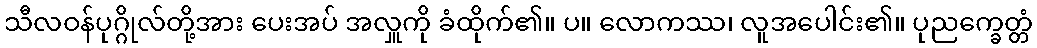
သီလဝန်ပုဂ္ဂိုလ်တို့အား ပေးအပ် အလှူကို ခံထိုက်၏။ ပ။ လောကဿ၊ လူအပေါင်း၏။ ပုညက္ခေတ္တံ